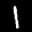
Label: 1